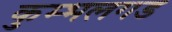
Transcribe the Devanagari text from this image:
कुम्भलगड